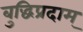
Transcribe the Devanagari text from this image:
बुद्धिप्रदाम्